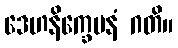
ဒေဟနိက္ခေပနံ ဂတိ။